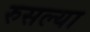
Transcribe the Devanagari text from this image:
रुसल्या